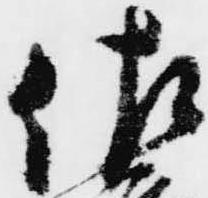
佐